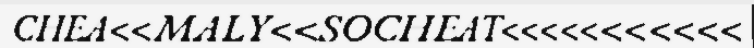
CHEA<<MALY<<SOCHEAT<<<<<<<<<<<